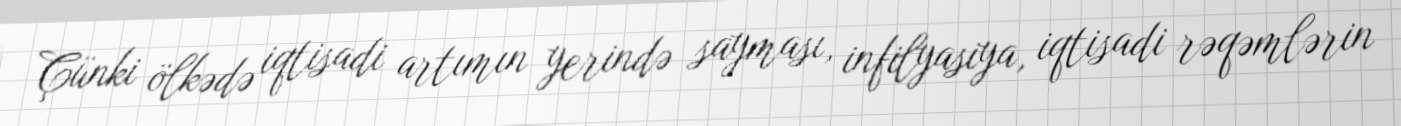
Çünki ölkədə iqtisadi artımın yerində sayması, infilyasiya, iqtisadi rəqəmlərin